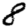
Digit: 8